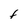
Character: F